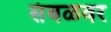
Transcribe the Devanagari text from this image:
संबळवर